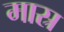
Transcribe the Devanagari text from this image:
मास्र